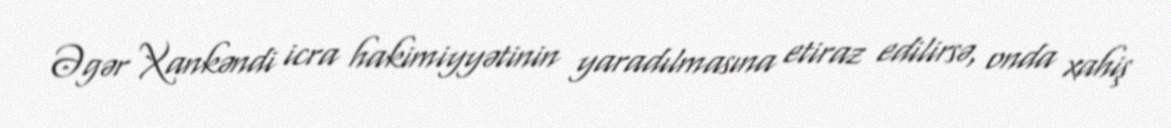
Əgər Xankəndi icra hakimiyyətinin yaradılmasına etiraz edilirsə, onda xahiş